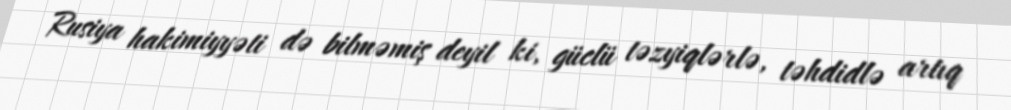
Rusiya hakimiyyəti də bilməmiş deyil ki, güclü təzyiqlərlə, təhdidlə artıq